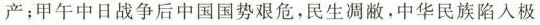
产；甲午中日战争后中国国势艰危，民生凋敝，中华民族陷入极